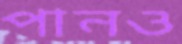
পানও